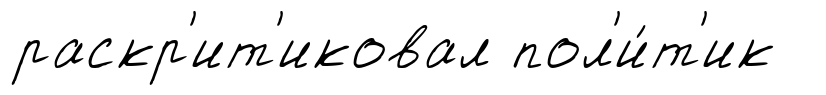
раскр'ит'иковал пол'и́т'ик